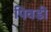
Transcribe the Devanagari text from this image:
पिवडी